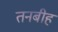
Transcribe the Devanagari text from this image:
तनबीह